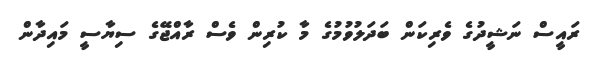
ރައީސް ނަޝީދުގެ ވެރިކަން ބަދަލުވުމުގެ މާ ކުރިން ވެސް ރާއްޖޭގެ ސިޔާސީ މައިދާން